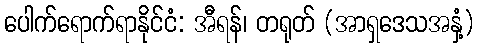
ပေါက်ရောက်ရာနိုင်ငံ: အီရန်၊ တရုတ် (အာရှဒေသအနှံ့)